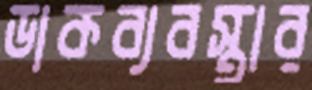
ডাকব্যবস্থার